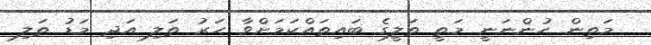
މަތިން ހުންނަނީ މަތީ ތަލީގެ ބައިތައްކަމަށްވާ ހަރު ތަލި އަދި މަޑު ތަލި